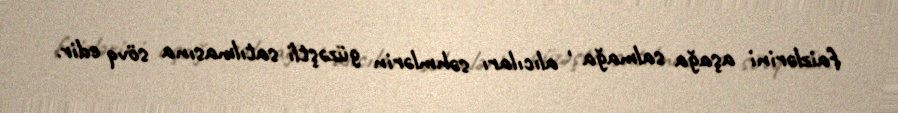
faizlərini aşağa salmağa , alıcıları səhmlərin güzəştli satılmasına sövq edir.